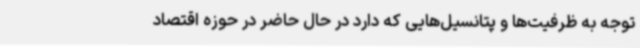
توجه به ظرفیت‌ها و پتانسیل‌هایی که دارد در حال حاضر در حوزه اقتصاد